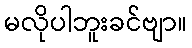
မလိုပါဘူးခင်ဗျာ။